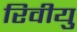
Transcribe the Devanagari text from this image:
रिवीयु